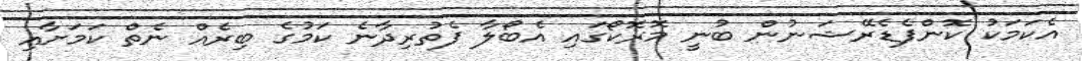
އެކަމަކު ކޮންފެޑެރޭޝަނުން ބުނީ މޮރޮކޯގައި އެބޯލާ ފެތުރިދާނެ ކަމުގެ ބިރެއް ނެތް ކަމަށާއި